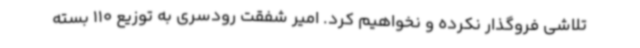
تلاشی فروگذار نکرده و نخواهیم کرد. امیر شفقت رودسری به توزیع 110 بسته